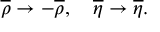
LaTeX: \overline { { { \rho } } } \to - \overline { { { \rho } } } , \quad \overline { { { \eta } } } \to \overline { { { \eta } } } .